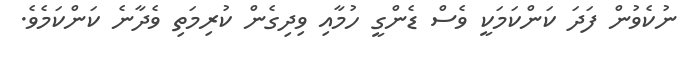
ނުކެވުން ފަދަ ކަންކަމަކީ ވެސް ޑެންގީ ހުމާއި ވިދިގެން ކުރިމަތި ވެދާނެ ކަންކަމެވެ.